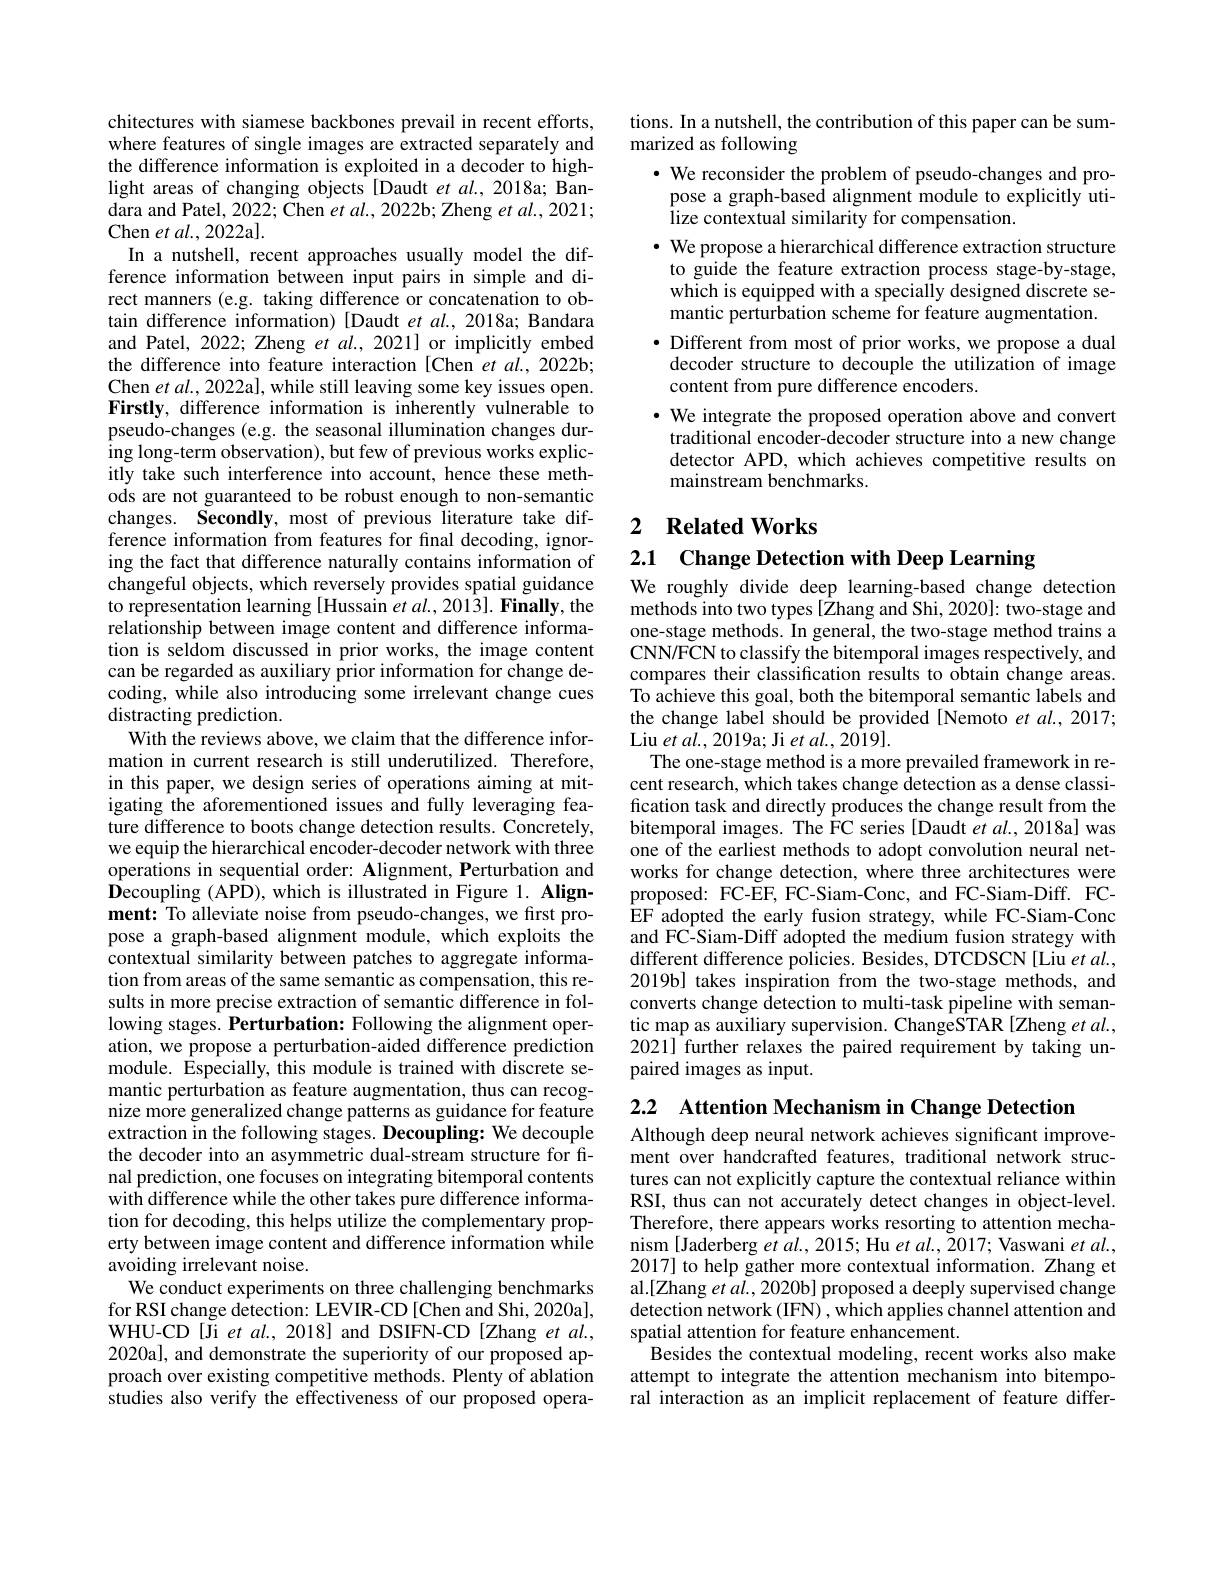
chitectures with siamese backbones prevail in recent efforts, where features of single images are extracted separately and the difference information is exploited in a decoder to highlight areas of changing objects [Daudt et al.,2018a; Bandara and Patel, 2022; Chen $et\textit{al. , 2022b; Zheng et al. , 2021; }$ Chen et al., 2022a].
In a nutshell, recent approaches usually model the difference information between input pairs in simple and direct manners (e.g. taking difference or concatenation to obtain difference information) [Daudt et al., 2018a; Bandara and Patel, 2022; Zheng et $al.$, 2021] or implicitly embed the difference into feature interaction [Chen et al., 2022b; Chen et al., 2022a], while still leaving some key issues open. Firstly, difference information is inherently vulnerable to pseudo-changes (e.g. the seasonal illumination changes during long-term observation), but few of previous works explicitly take such interference into account, hence these methods are not guaranteed to be robust enough to non-semantic changes. Secondly, most of previous literature take difference information from features for final decoding, ignoring the fact that difference naturally contains information of changeful objects, which reversely provides spatial guidance to representation learning [Hussain et al., 2013]. Finally, the relationship between image content and difference information is seldom discussed in prior works, the image content can be regarded as auxiliary prior information for change decoding, while also introducing some irrelevant change cues distracting prediction.
With the reviews above, we claim that the difference information in current research is still underutilized. Therefore, in this paper, we design series of operations aiming at mitigating the aforementioned issues and fully leveraging feature difference to boots change detection results. Concretely, we equip the hierarchical encoder-decoder network with three operations in sequential order: Alignment, Perturbation and $\hat{\mathbf{D}}$ecoupling (APD), which is illustrated in Figure 1. Alignment: To alleviate noise from pseudo-changes, we first propose a graph-based alignment module, which exploits the contextual similarity between patches to aggregate information from areas of the same semantic as compensation, this results in more precise extraction of semantic difference in following stages. Perturbation: Following the alignment operation, we propose a perturbation-aided difference prediction module. Especially, this module is trained with discrete semantic perturbation as feature augmentation, thus can recognize more generalized change patterns as guidance for feature extraction in the following stages. Decoupling: We decouple the decoder into an asymmetric dual-stream structure for final prediction, one focuses on integrating bitemporal contents with difference while the other takes pure difference information for decoding, this helps utilize the complementary property between image content and difference information while avoiding irrelevant noise.
We conduct experiments on three challenging benchmarks for RSI change detection: LEVIR-CD [Chen and Shi, 2020a], WHU-CD[Ji et al., 2018] and DSIFN-CD[Zhang et al., 2020al, and demonstrate the superiority of our proposed approach over existing competitive methods. Plenty of ablation studies also verify the effectiveness of our proposed opera-

tions. In a nutshell, the contribution of this paper can be sum-
marized as following
· We reconsider the problem of pseudo-changes and propose a graph-based alignment module to explicitly uti- $\hat{\text{lize contextual similarity for compensation.}}$
$\cdot$ We propose a hierarchical difference extraction structure to guide the feature extraction process stage-by-stage, which is equipped with a specially designed discrete semantic perturbation scheme for feature augmentation.
$\bullet$ Different from most of prior works, we propose a dual decoder structure to decouple the utilization of image content from pure difference encoders.
$\bullet$ We integrate the proposed operation above and convert traditional encoder-decoder structure into a new change detector APD, which achieves competitive results on mainstream benchmarks.

## 2 $\textbf{Related Works}$

2.1 $\textbf{Change Detection with Deep Learning}$

We roughly divide deep learning-based change detection methods into two types [Zhang and Shi, 2020]: two-stage and one-stage methods. In general, the two-stage method trains a CNN/FCN to classify the bitemporal images respectively, and compares their classification results to obtain change areas. To achieve this goal, both the bitemporal semantic labels and the change label should be provided[Nemoto et al., 2017; $\operatorname { Liu} \textit{et al. , 2019a; Ji et al. , 2019}] .$
The one-stage method is a more prevailed framework in recent research, which takes change detection as a dense classification task and directly produces the change result from the bitemporal images. The FC series [Daudt et al., 2018a] was one of the earliest methods to adopt convolution neural networks for change detection, where three architectures were proposed: FC-EF, FC-Siam-Conc, and FC-Siam-Diff. FCEF adopted the early fusion strategy, while FC-Siam-Conc and FC-Siam-Diff adopted the medium fusion strategy with different difference policies. Besides, DTCDSCN[Liu et al., 2019b] takes inspiration from the two-stage methods, and converts change detection to multi-task pipeline with semantic map as auxiliary supervision. ChangeSTAR [Zheng et al., 2021] further relaxes the paired requirement by taking unpaired images as input.

2.2 Attention Mechanism in Change Detection

Although deep neural network achieves significant improvement over handcrafted features, traditional network structures can not explicitly capture the contextual reliance within RSI, thus can not accurately detect changes in object-level. Therefore, there appears works resorting to attention mechanism [Jaderberg $\hat {et}\textit{al. , 2015; Hu et al. , Z017; Vaswani et al. , }$ 2017] to help gather more contextual information. Zhang et al.[Zhang et al., 2020b] proposed a deeply supervised change detection network (IFN) , which applies channel attention and spatial attention for feature enhancement.
Besides the contextual modeling, recent works also make attempt to integrate the attention mechanism into bitemporal interaction as an implicit replacement of feature differ-